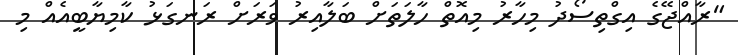
"ރާއްޖޭގެ އިގްތިސޯދު މިހާރު މިއޮތް ހާލަތަށް ބަލާއިރު ވަރަށް ރަނގަޅު ކާމިޔާބީއެއް މި